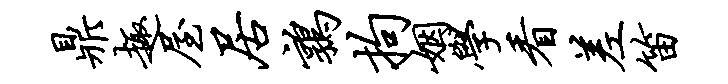
鼎趣屋居鹑拘姻学看差笛